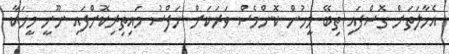
އެހާލަތަށް ގޮސްފައި ތިބޭ މީހުން ކޮންމެސް ވަރަކަށް ނަފްސު މައިތިރިކޮށްފައި ނޫނީ މީހަކާ